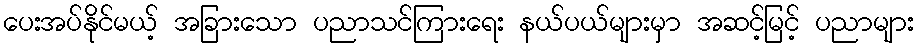
ပေးအပ်နိုင်မယ့် အခြားသော ပညာသင်ကြားရေး နယ်ပယ်များမှာ အဆင့်မြင့် ပညာများ